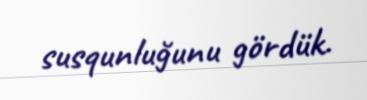
susqunluğunu gördük.